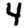
Digit: 4